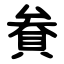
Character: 貵